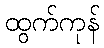
ထွက်ကုန်